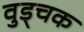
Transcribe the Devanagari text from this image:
वुड्चक